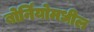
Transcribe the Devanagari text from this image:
बोर्नियोमधील